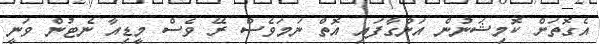
އެގޮތަށް ކޮމިޝަނުން އަންގާފައި އޮތް ނަމަވެސް ރޭ ވެސް މީޑިއާ ނެޓުން ވަނީ